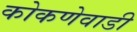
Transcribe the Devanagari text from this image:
कोकणेवाडी